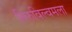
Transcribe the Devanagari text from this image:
तिरुविल्वमला